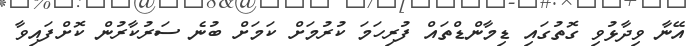
އޭނާ ވިދާޅުވި ގޮތުގައި ޑިމާންޑްތައް ފުރިހަމަ ކުރުމަށް ކަމަށް ބުނެ ސަރުކާރުން ކޮށްފައިވާ